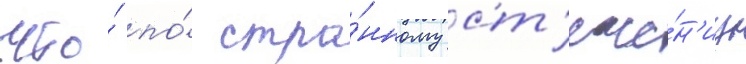
что́ по́ стра́нному ст'ече́н'иу